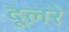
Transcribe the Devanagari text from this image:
दूलरे